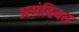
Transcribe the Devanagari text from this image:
असंदिवत